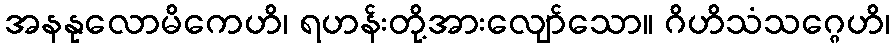
အနနုလောမိကေဟိ၊ ရဟန်းတို့အားလျော်သော။ ဂိဟိသံသဂ္ဂေဟိ၊